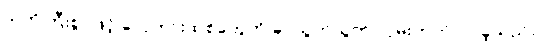
သတိကြီးစွာဖြင့် လှေကားထစ်တွေကို ခပ်သွက်သွက် လှမ်းတက်လာခဲ့သည်။